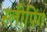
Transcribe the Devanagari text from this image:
स्‍लीपिंग